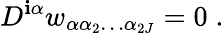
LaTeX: D^{\mathbf{i}\alpha}w_{\alpha\alpha_{2}\ldots\alpha_{2J}}=0\; .